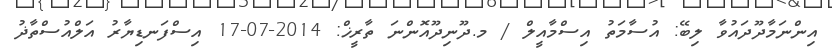
އިންނަމާދޫދައުވާ ލިބޭ: އުސާމަތު އިސްމާއީލް / މ.ދޫނިދޫއޮންނަ ތާރީޚް: 2014-07-17 އިސްފަނޑިޔާރު އަލްއުސްތާޛު